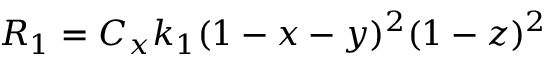
R _ { 1 } = C _ { x } k _ { 1 } ( 1 - x - y ) ^ { 2 } ( 1 - z ) ^ { 2 }